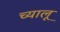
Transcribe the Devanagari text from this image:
च्यालू